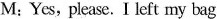
M:Yes, please. I left my bag